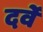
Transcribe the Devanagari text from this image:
दर्वे